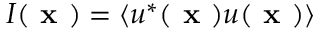
I ( \textbf { x } ) = \langle u ^ { * } ( \textbf { x } ) u ( \textbf { x } ) \rangle